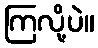
ကြလို့ပဲ။